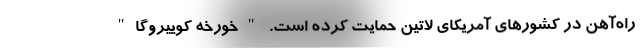
راه‌آهن در کشورهای آمریکای لاتین حمایت کرده است. "خورخه کوییروگا"